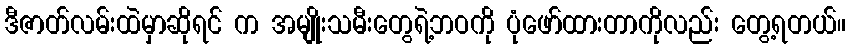
ဒီဇာတ်လမ်းထဲမှာဆိုရင် က အမျိုးသမီးတွေရဲ့ဘဝကို ပုံဖော်ထားတာကိုလည်း တွေ့ရတယ်။